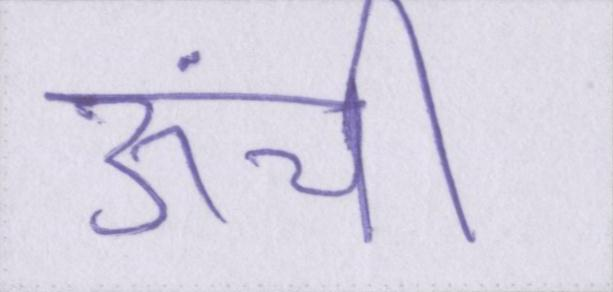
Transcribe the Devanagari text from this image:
ऊंची